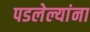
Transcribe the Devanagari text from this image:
पडलेल्यांना